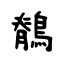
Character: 鶺